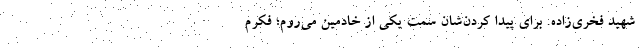
شهید فخری‌زاده. برای پیدا کردن‌شان سمت یکی از خادمین می‌روم؛ فکرم